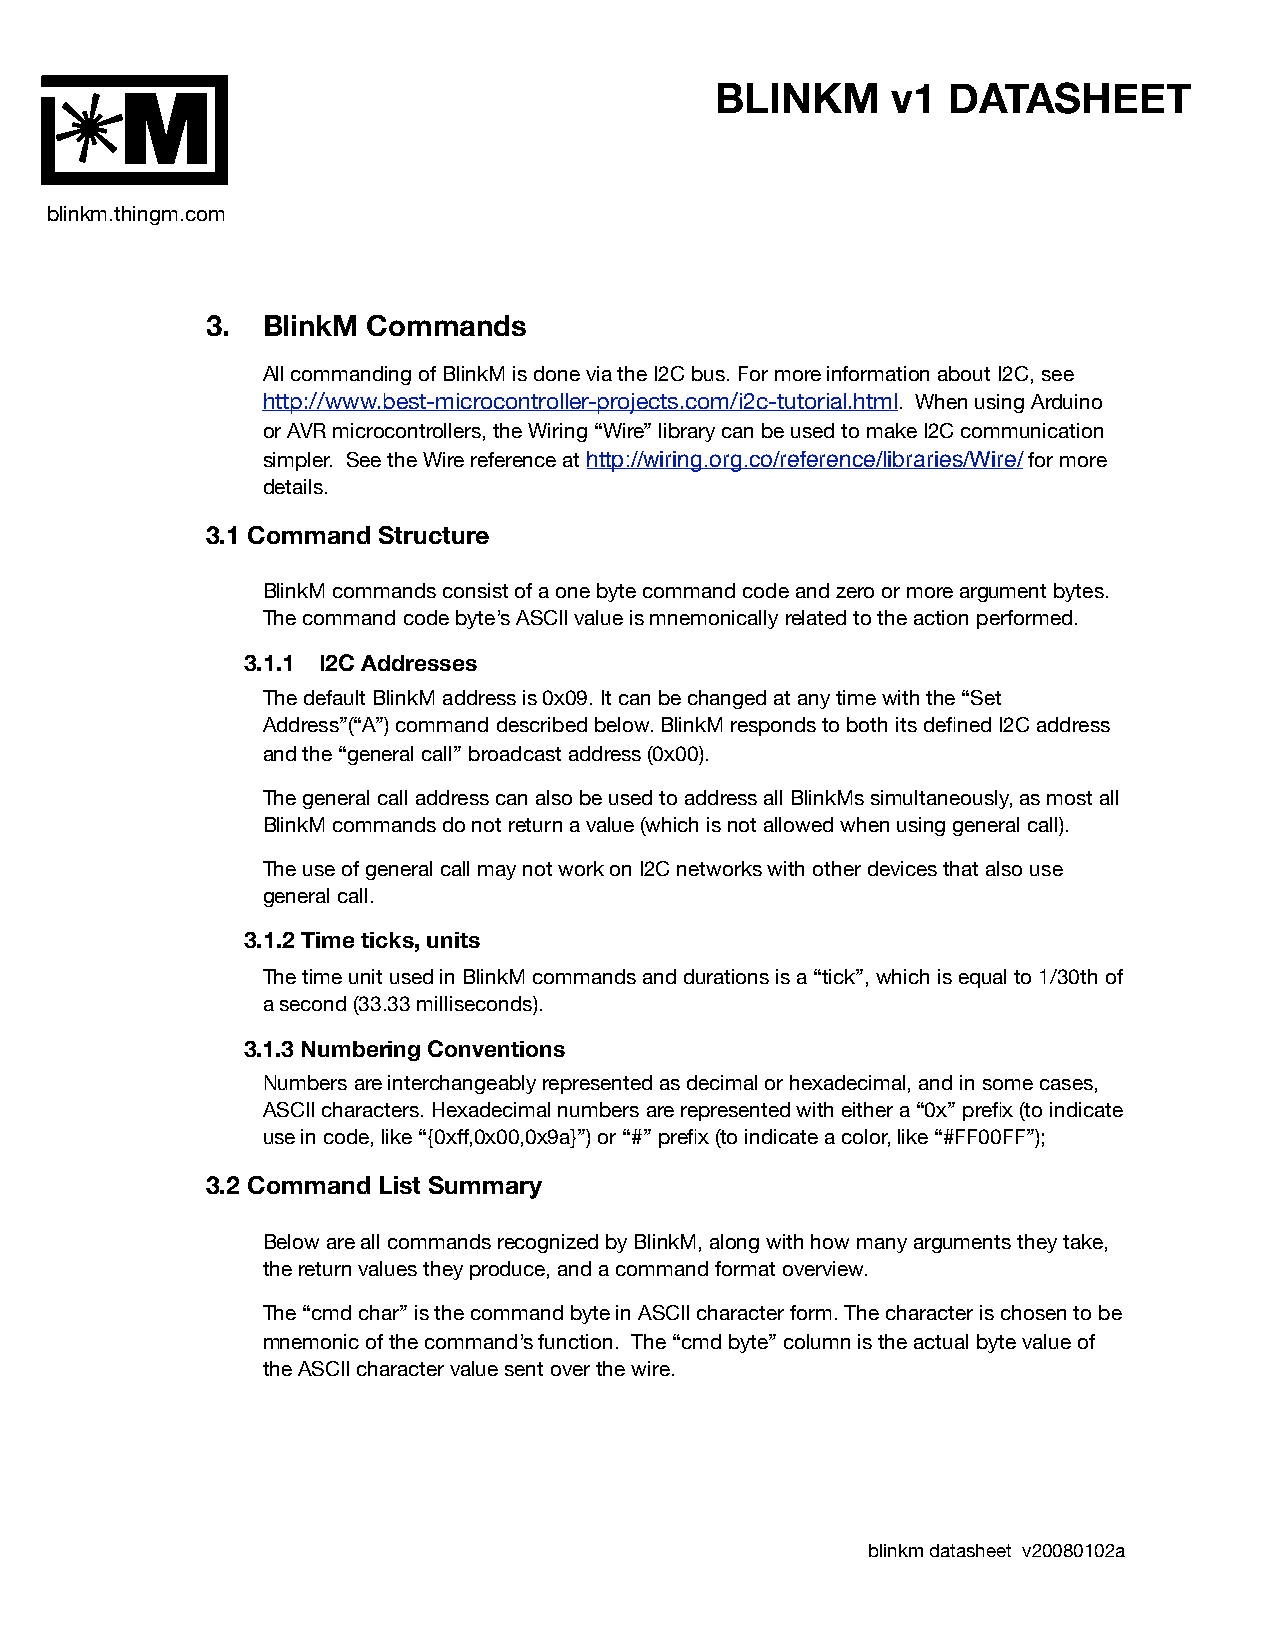
BLINKM      v1  DATASHEET
 M
 blinkm.thingm.com
 3. BlinkM Commands
 All commanding of BlinkM is done via the I2C bus. For more information about I2C, see
 http://www.best-microcontroller-projects.com/i2c-tutorial.html. When using Arduino
 or AVR microcontrollers, the Wiring “Wire” library can be used to make I2C communication
 simpler. See the Wire reference at http://wiring.org.co/reference/libraries/Wire/ for more
 details.
 3.1 Command Structure
 BlinkM commands consist of a one byte command code and zero or more argument bytes.
 The command code byte’s ASCII value is mnemonically related to the action performed.
 3.1.1 I2C Addresses
 The default BlinkM address is 0x09. It can be changed at any time with the “Set
 Address”(“A”) command described below. BlinkM responds to both its defined I2C address
 and the “general call” broadcast address (0x00).
 The general call address can also be used to address all BlinkMs simultaneously, as most all
 BlinkM commands do not return a value (which is not allowed when using general call).
 The use of general call may not work on I2C networks with other devices that also use
 general call.
 3.1.2 Time ticks, units
 The time unit used in BlinkM commands and durations is a “tick”, which is equal to 1/30th of
 a second (33.33 milliseconds).
 3.1.3 Numbering Conventions
 Numbers are interchangeably represented as decimal or hexadecimal, and in some cases,
 ASCII characters. Hexadecimal numbers are represented with either a “0x” prefix (to indicate
 use in code, like “{0xff,0x00,0x9a}”) or “#” prefix (to indicate a color, like “#FF00FF”);
 3.2 Command List Summary
 Below are all commands recognized by BlinkM, along with how many arguments they take,
 the return values they produce, and a command format overview.
 The “cmd char” is the command byte in ASCII character form. The character is chosen to be
 mnemonic of the command’s function. The “cmd byte” column is the actual byte value of
 the ASCII character value sent over the wire.
 blinkm datasheet v20080102a